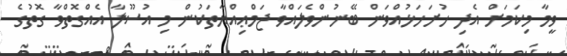
ވީމާ މިކަމަށް އެދި ހުށަހަޅުއްވަން ބޭނުންވެލައްވާ ޖަމްޢިއްޔާތަކުން މި އުސޫލާ އެއްގޮތްވާ ގޮތުގެ